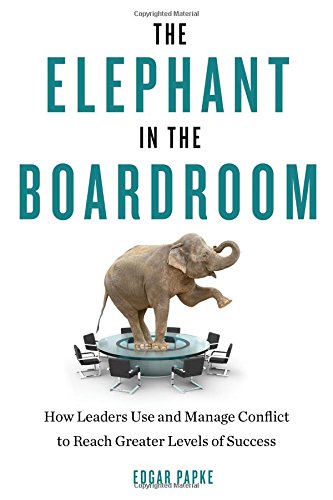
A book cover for The Elephant in the Boardroom: How Leaders Use and Manage Conflict to Reach Greater Levels of Success; Edgar Papke; Business & Money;